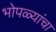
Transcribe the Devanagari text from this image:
भोपळ्यांचा